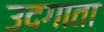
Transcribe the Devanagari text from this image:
उदगाता